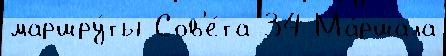
маршру́ты Сов'е́та 34 Ма́ршала